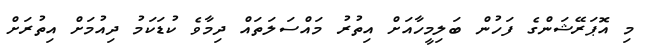
މި އޮޕަރޭޝަންގެ ފަހުން ބަލިމީހާއަށް އިތުރު މައްސަލަތައް ދިމާވެ ކުޑަކަމު ދިއުމަށް އިތުރަށް